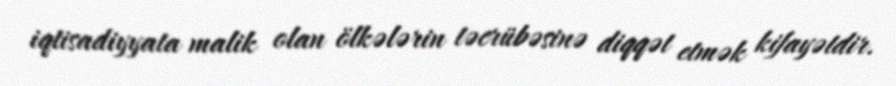
iqtisadiyyata malik olan ölkələrin təcrübəsinə diqqət etmək kifayətdir.